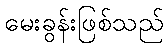
မေးခွန်းဖြစ်သည်